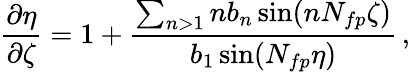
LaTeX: \frac{\partial\eta}{\partial\zeta}=1+\frac{\sum_{n>1}nb_{n}\sin(nN_{fp}\zeta)}{b_{1}\sin(N_{fp}\eta)}\, ,